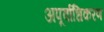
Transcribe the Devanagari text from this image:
अपूर्वाधिकरण